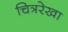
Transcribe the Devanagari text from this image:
चित्ररेखा